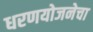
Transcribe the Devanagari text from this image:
धरणयोजनेचा